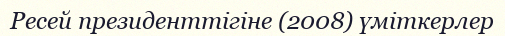
Ресей президенттігіне (2008) үміткерлер